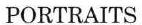
PORTRAITS